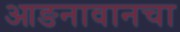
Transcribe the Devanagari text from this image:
आङनावानचा